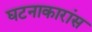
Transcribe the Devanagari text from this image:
घटनाकारांस